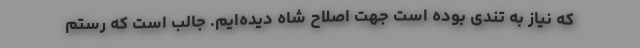
که نیاز به تندی بوده است جهت اصلاح شاه دیده‌ایم. جالب است که رستم